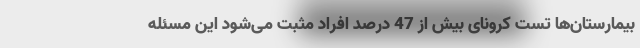
بیمارستان‌ها تست کرونای بیش از 47 درصد افراد مثبت می‌شود این مسئله